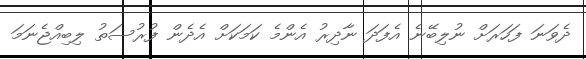
ދެވަނަ ފަހަރަށް ނުލިބޭނެ އެފަދަ ނާދިރު އެންމެ ކަމަކަށް އެދެން ފުރުސަތު ލިބިއްޖެނަމަ